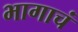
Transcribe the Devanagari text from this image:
भागाचं